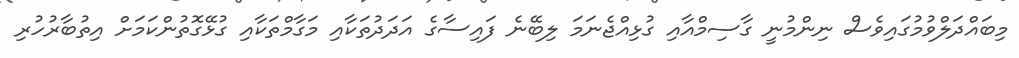
މިބައްދަލްވުމުގައިވެސް ނިންމުނީ ގާސިމްއާއި ގުޅިއްޖެނަމަ ލިބޭނެ ފައިސާގެ އަދަދުތަކާއި މަގާމްތަކާއި ގުޅޭގޮޮތުންކަމަށް އިތުބާރުހުރި